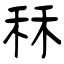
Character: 秝